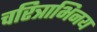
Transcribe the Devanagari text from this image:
चरित्राभिनय